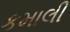
કમાલી